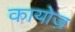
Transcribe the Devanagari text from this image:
कायोज़